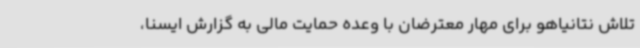
تلاش نتانیاهو برای مهار معترضان با وعده حمایت مالی به گزارش ایسنا،